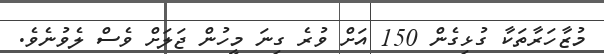
މުޒާހަރާތަކާ ގުޅިގެން 150 އަށް ވުރެ ގިނަ މީހުން ޖަލަށް ވެސް ލެވުނެވެ.